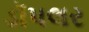
ડૉપલર